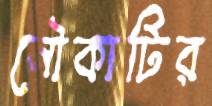
নৌকাটির